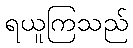
ရယူကြသည်